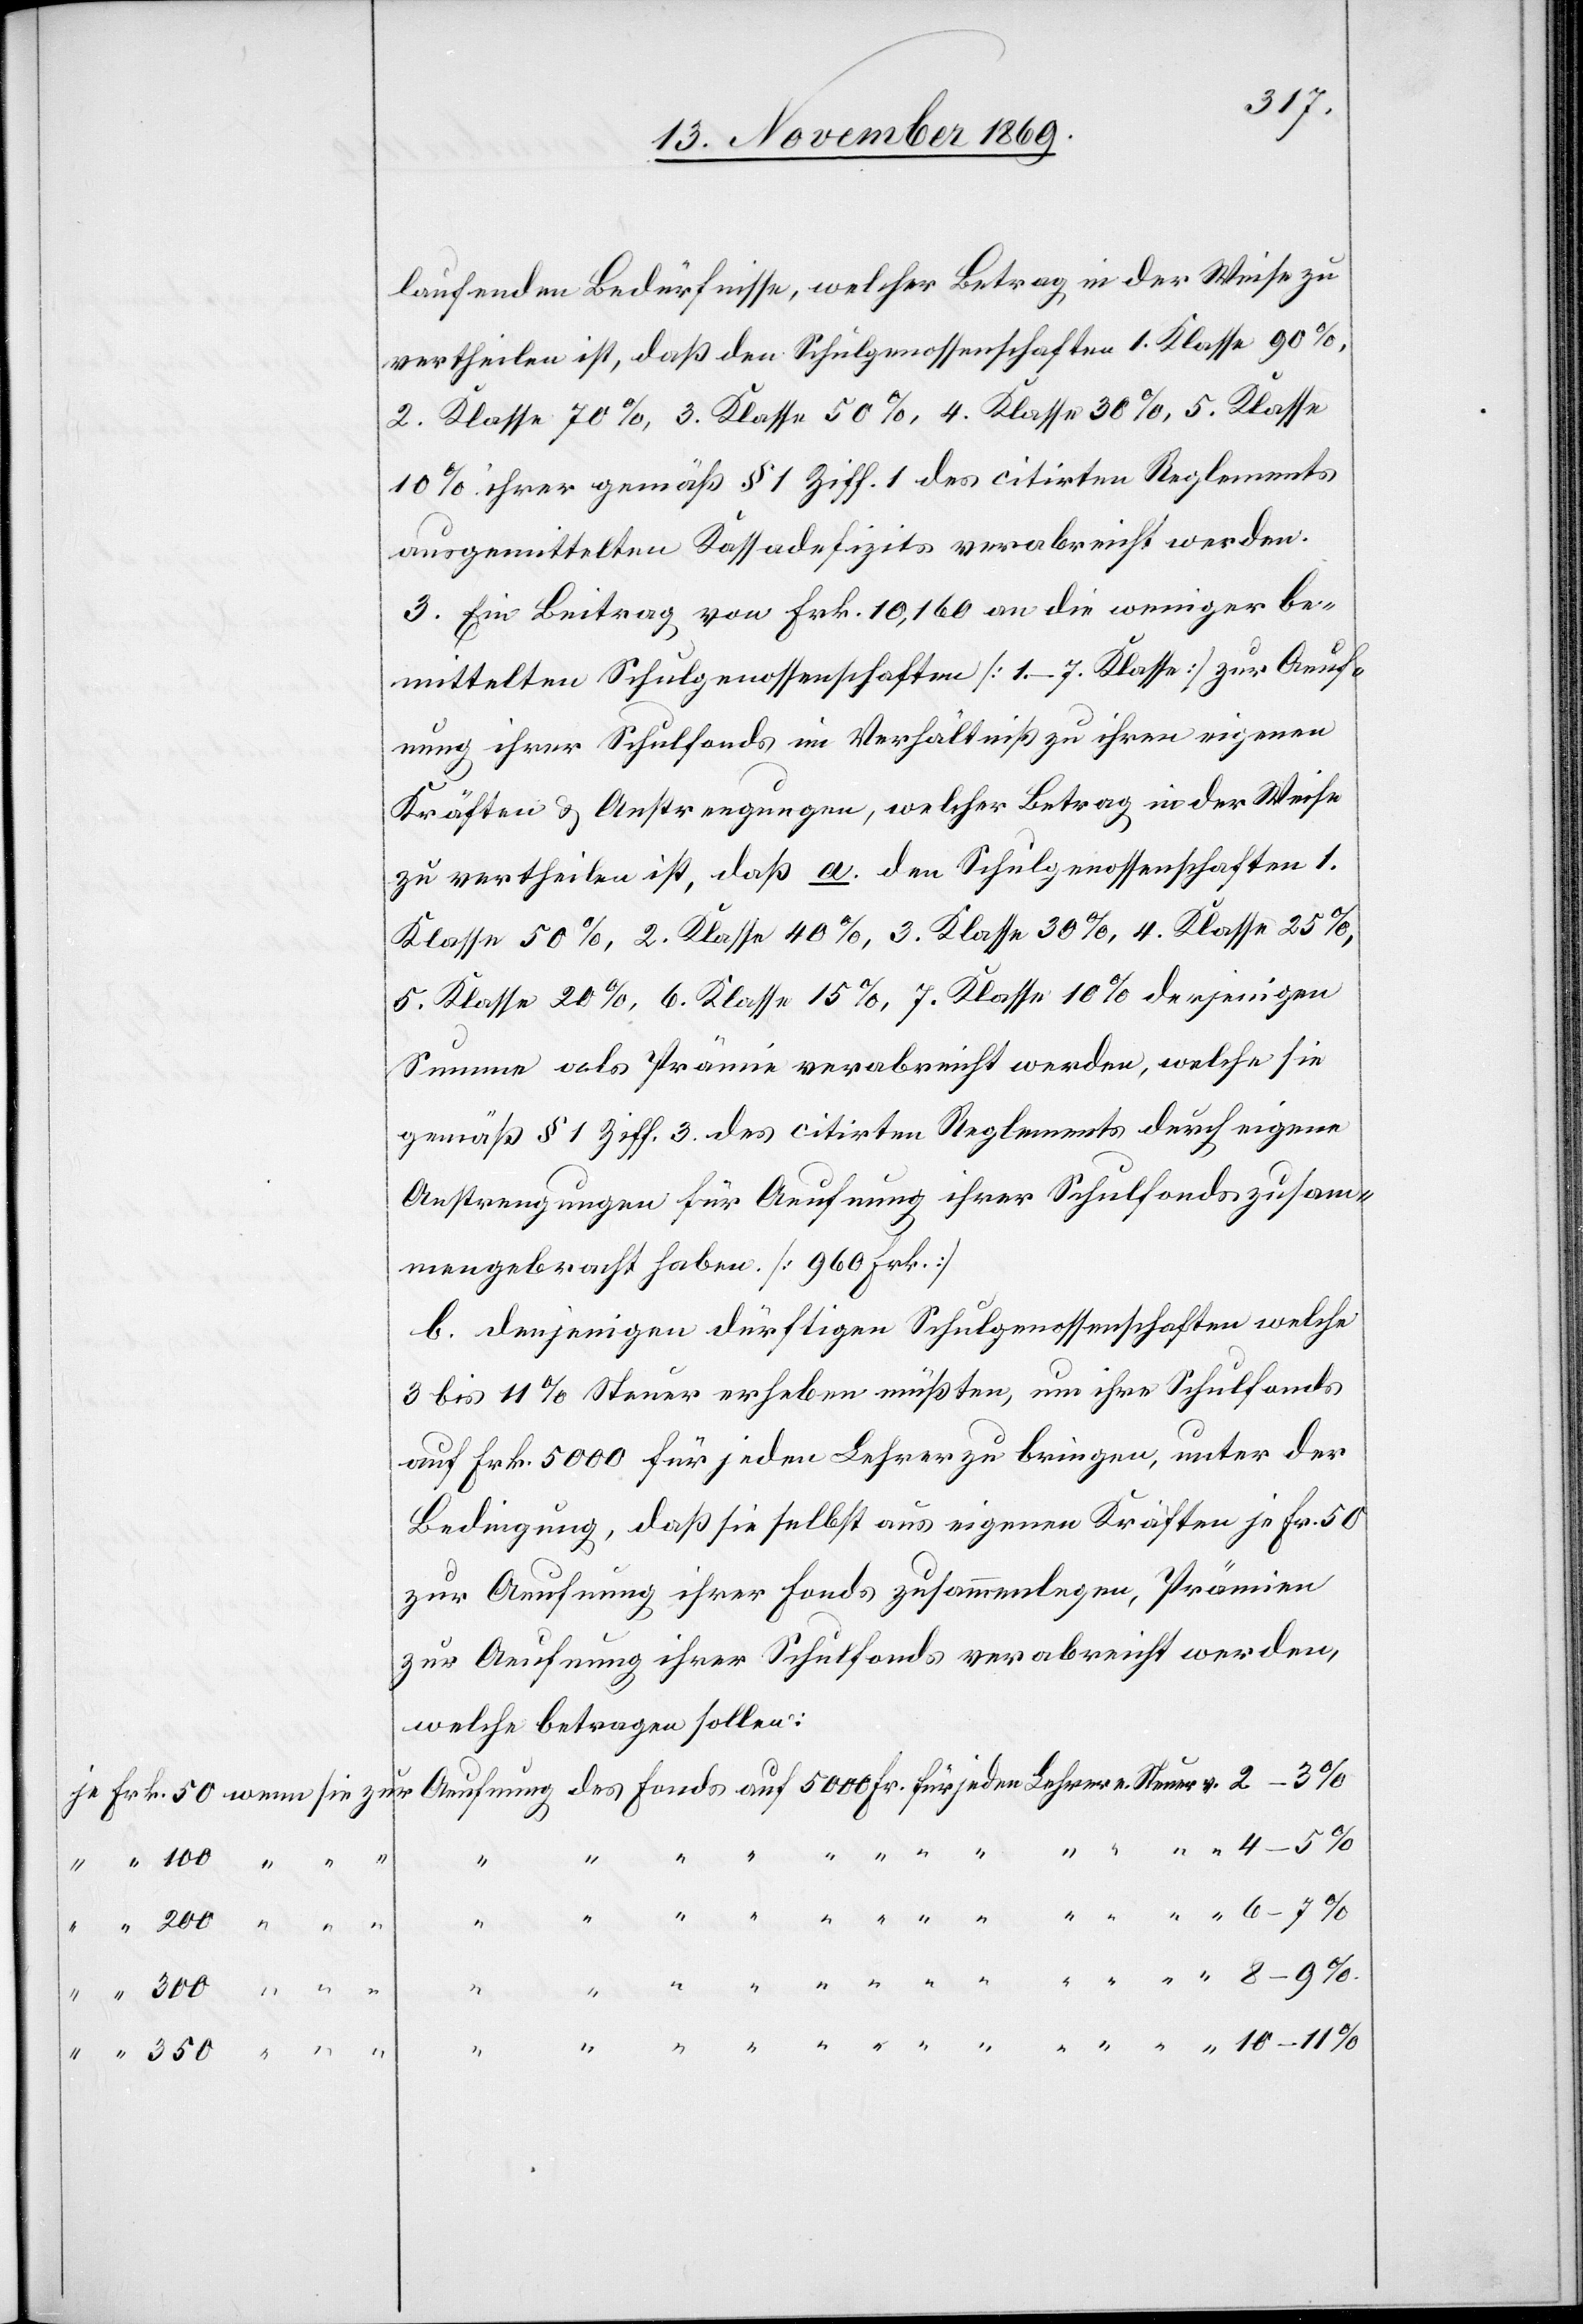
laufenden Bedürfnisse, welcher Betrag in der Weise zu
vertheilen ist, daß den Schulgenossenschaften 1. Klasse 90%,
2. Klasse 70%, 3. Klasse 50%, 4. Klasse 30%, 5. Klasse
10% ihrer gemäß § 1 Ziff. 1 des citirten Reglements
ausgemittelten Kassadefizits verabreicht werden.
3. Ein Beitrag von Frk. 10,160 an die weniger be¬
mittelten Schulgenossenschaften [1.–7. Klasse] zur Aeuf¬
nung ihrer Schulfonds im Verhältniß zu ihren eigenen
Kräften & Anstrengungen, welcher Betrag in der Weise
zu vertheilen ist, daß a. den Schulgenossenschaften 1.
Klasse 50%, 2. Klasse 40%, 3. Klasse 30%, 4. Klasse 25%,
5. Klasse 20%, 6. Klasse 15%, 7. Klasse 10% derjenigen
Summe als Prämie verabreicht werden, welche sie
gemäß § 1 Ziff. 3 des citirten Reglements durch eigene
Anstrengungen für Aeufnung ihrer Schulfonds zusam¬
mengebracht haben. [960 Frk.]
b. denjenigen dürftigen Schulgenossenschaften welche
3 bis 11% Steuer erheben müßten, um ihre Schulfonds
auf Frk. 5000 für jeden Lehrer zu bringen, unter der
Bedingung, daß sie selbst aus eigenen Kräften je Fr. 50
zur Aeufnung ihrer Fonds zusammenlegen, Prämien
zur Aeufnung ihrer Schulfonds verabreicht werden,
welche betragen sollen:
v.
“ 350
Lehrer e. Steuer